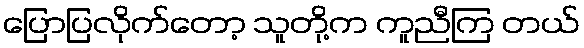
ပြောပြလိုက်တော့ သူတို့က ကူညီကြ တယ်